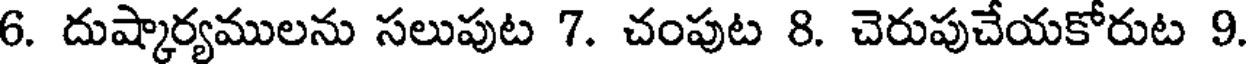
6. దుష్కార్యములను సలుపుట 7. చంపుట 8. చెరుపుచేయకోరుట 9.